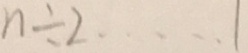
n \div 2 \cdots 1